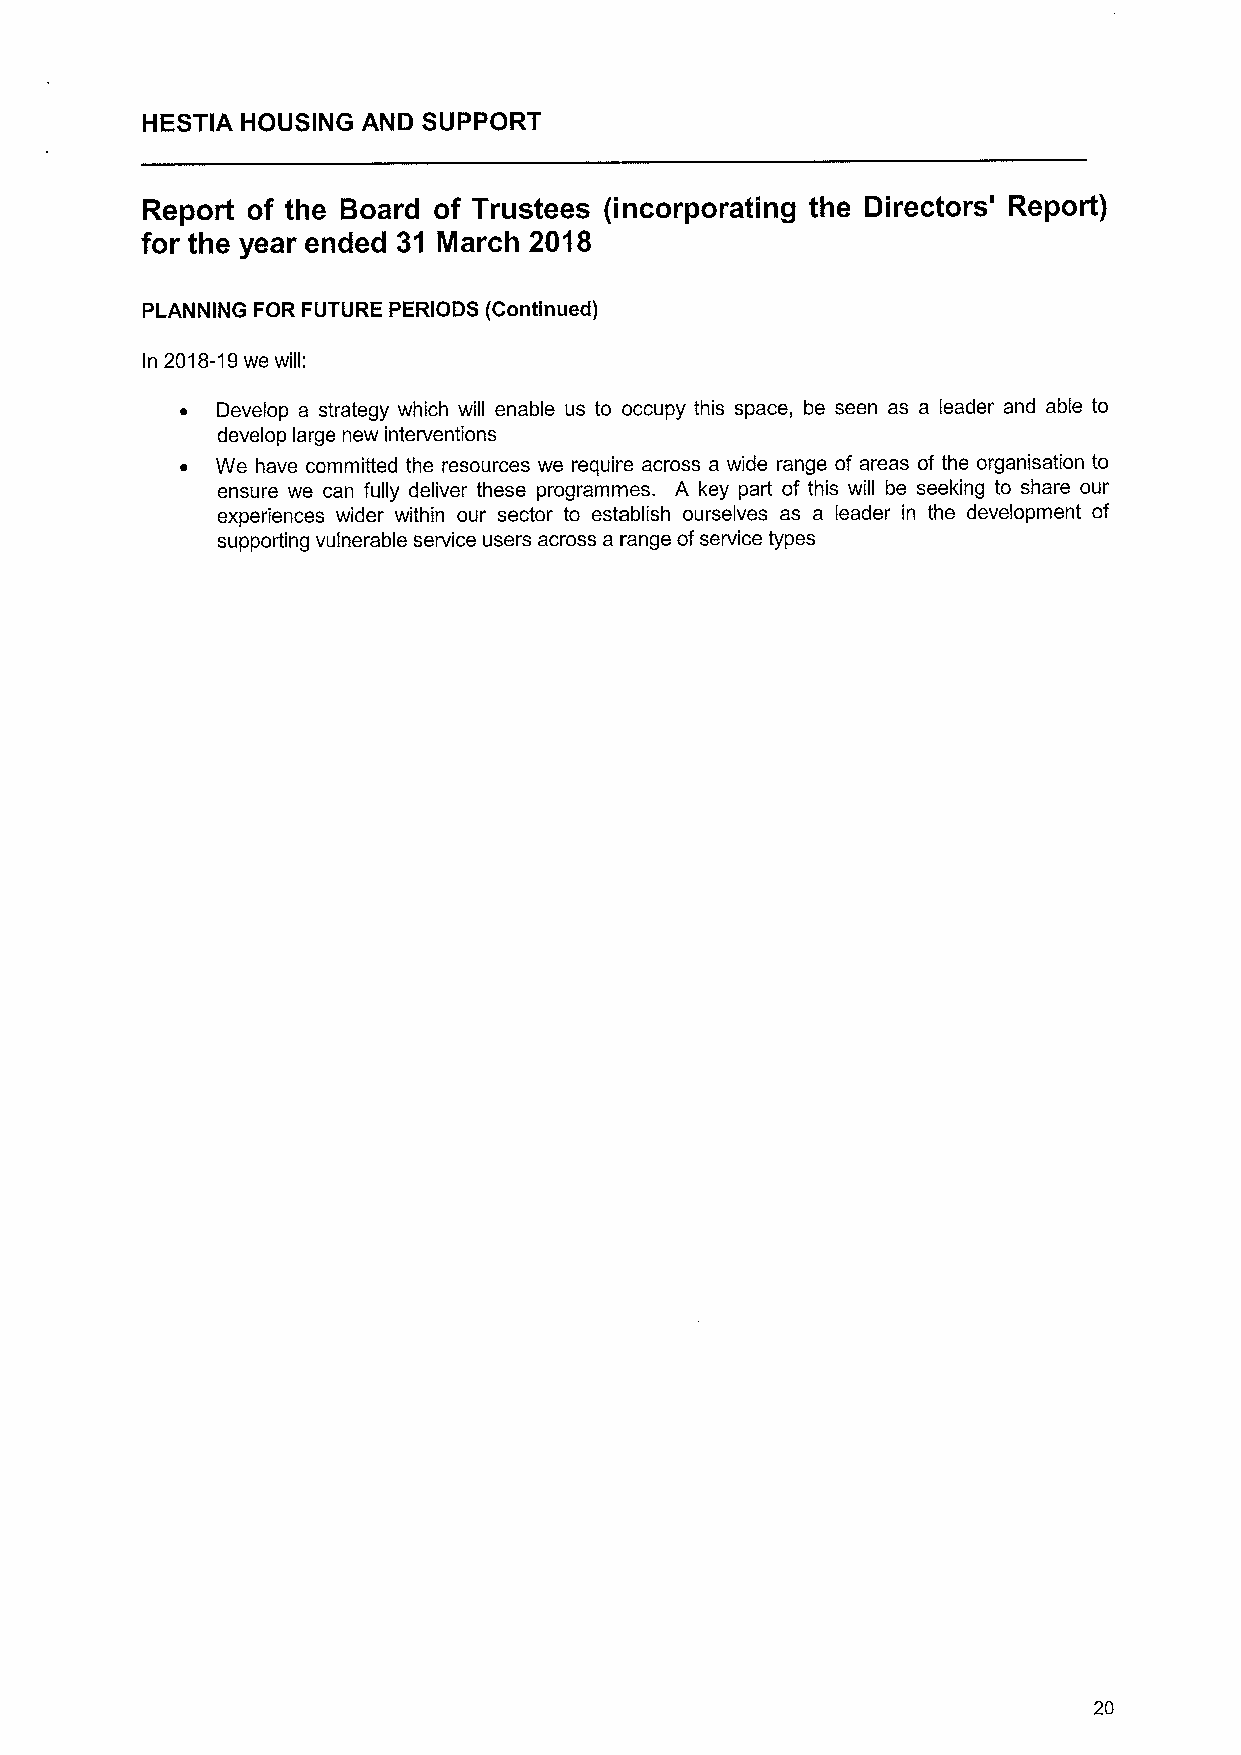
HESTIA HOUSING AND SUPPORT
 Report of the Board of Trustees (incorporating the Directors' Report)
 for the year ended 31 March 2018
 PLANNING FOR FUTURE PERIODS (Continued)
 In
 2018-19we
 will:
 ~ Develop a strategy which will enable us to occupy this space, be seen as a leader and able to
 develop large new interventions
 ~ We have committed the resources we require across a wide range of areas of the organisation to
 ensure we can fully deliver these programmes. A key part of this will be seeking to share our
 experiences wider within our sector to establish ourselves as a leader in the development of
 supporting vulnerable service users across a range ofservice types
 20